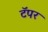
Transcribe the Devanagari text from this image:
टॅपर